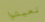
تعيشوا